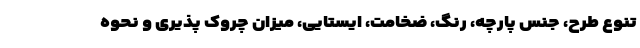
تنوع طرح، جنس پارچه، رنگ، ضخامت، ایستایی، میزان چروک پذیری و نحوه